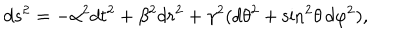
d s ^ { 2 } = - \alpha ^ { 2 } d t ^ { 2 } + \beta ^ { 2 } d r ^ { 2 } + \gamma ^ { 2 } ( d \theta ^ { 2 } + \sin ^ { 2 } \! \theta \, d \varphi ^ { 2 } ) ,